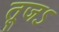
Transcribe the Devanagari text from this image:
तूजऽ